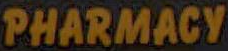
PHARMACY